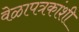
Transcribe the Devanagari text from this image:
वेळापत्रकांशी